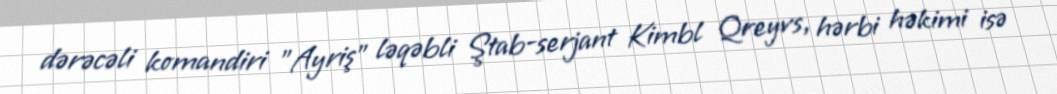
dərəcəli komandiri "Ayriş" ləqəbli Ştab-serjant Kimbl Qreyvs, hərbi həkimi isə